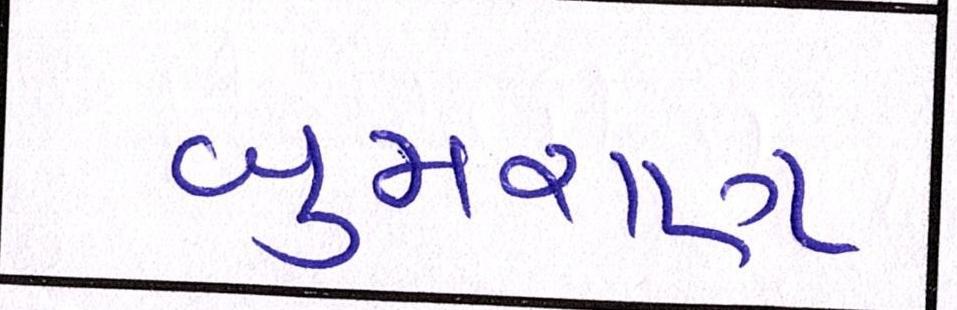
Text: બુમરાણ